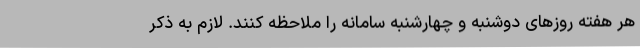
هر هفته روزهای دوشنبه و چهارشنبه سامانه را ملاحظه کنند. لازم به ذکر